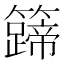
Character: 𬖀